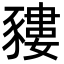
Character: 䝏